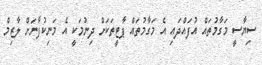
ސިޔާސީ މަގާމުތައް އުފައްދައި އެ މަގާމުތައް ޕާޓީތަކަށް ދިނުމަކީ އެ މަނިކުފާނަށް ލާޒިމް